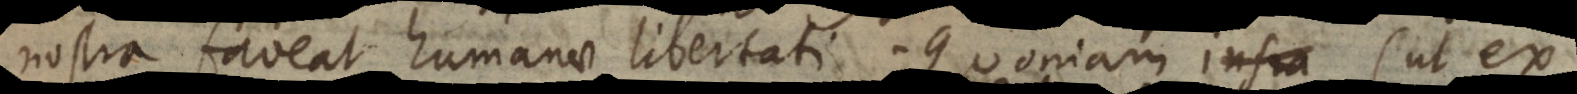
nostra faveat humanae libertati. Quoniam (ut ex